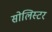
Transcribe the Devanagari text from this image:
सोलिस्टर